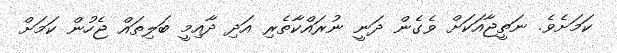
ކަމަށެވެ. ނަތީޖާއަކަށް ވެގެން ދަނީ ނުރައްކާތެރި އަދި ދާއިމީ ބަލިތައް ޖެހުން ކަމަށް